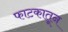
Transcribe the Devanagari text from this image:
फाटकातून